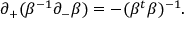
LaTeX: \partial _ { + } ( \beta ^ { - 1 } \partial _ { - } \beta ) = - ( \beta ^ { t } \beta ) ^ { - 1 } .